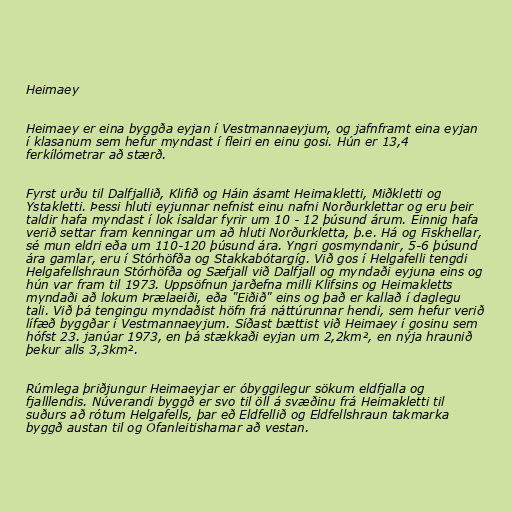
Heimaey

Heimaey er eina byggða eyjan í Vestmannaeyjum, og jafnframt eina eyjan
í klasanum sem hefur myndast í fleiri en einu gosi. Hún er 13,4
ferkílómetrar að stærð.

Fyrst urðu til Dalfjallið, Klifið og Háin ásamt Heimakletti, Miðkletti og
Ystakletti. Þessi hluti eyjunnar nefnist einu nafni Norðurklettar og eru þeir
taldir hafa myndast í lok ísaldar fyrir um 10 - 12 þúsund árum. Einnig hafa
verið settar fram kenningar um að hluti Norðurkletta, þ.e. Há og Fiskhellar,
sé mun eldri eða um 110-120 þúsund ára. Yngri gosmyndanir, 5-6 þúsund
ára gamlar, eru í Stórhöfða og Stakkabótargíg. Við gos í Helgafelli tengdi
Helgafellshraun Stórhöfða og Sæfjall við Dalfjall og myndaði eyjuna eins og
hún var fram til 1973. Uppsöfnun jarðefna milli Klifsins og Heimakletts
myndaði að lokum Þrælaeiði, eða "Eiðið" eins og það er kallað í daglegu
tali. Við þá tengingu myndaðist höfn frá náttúrunnar hendi, sem hefur verið
lífæð byggðar í Vestmannaeyjum. Síðast bættist við Heimaey í gosinu sem
hófst 23. janúar 1973, en þá stækkaði eyjan um 2,2km², en nýja hraunið
þekur alls 3,3km².

Rúmlega þriðjungur Heimaeyjar er óbyggilegur sökum eldfjalla og
fjalllendis. Núverandi byggð er svo til öll á svæðinu frá Heimakletti til
suðurs að rótum Helgafells, þar eð Eldfellið og Eldfellshraun takmarka
byggð austan til og Ofanleitishamar að vestan.